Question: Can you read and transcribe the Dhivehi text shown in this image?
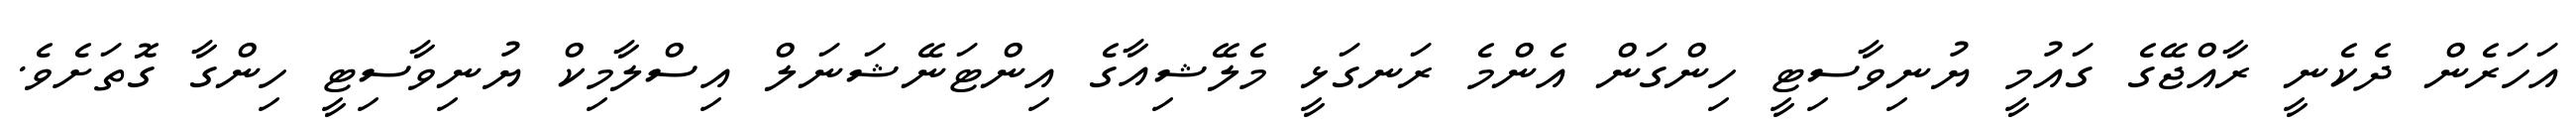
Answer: އަހަރެން ދެކެނީ ރާއްޖޭގެ ގައުމީ ޔުނިވާސިޓީ ހިންގަން އެންމެ ރަނގަޅީ މެލޭޝިއާގެ އިންޓަނޭޝަނަލް އިސްލާމިކް ޔުނިވާސިޓީ ހިންގާ ގޮތަށެވެ.